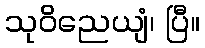
သုဝိညေယျံ၊ ပြီ။